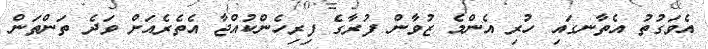
އެވަގުުތު އެތާނގައި ހުރި އެންމެ ޒުވާން ފުރާގެ ފިރިހެންކުއްޖާ އެތެރެއަށް ވަދެ ތަންތަން